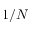
1 / N